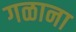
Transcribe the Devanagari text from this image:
गळाना